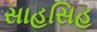
સાહસિહ